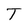
Character: T